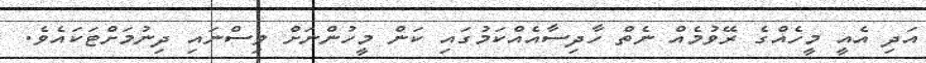
އަދި އެއީ މީހެއްގެ ރޭވުމެއް ނެތް ހާދިސާއެއްކަމުގައި ކަން މީހުންނަށް ވިސްނައި ދިނުމަށްޓަކައެވެ.